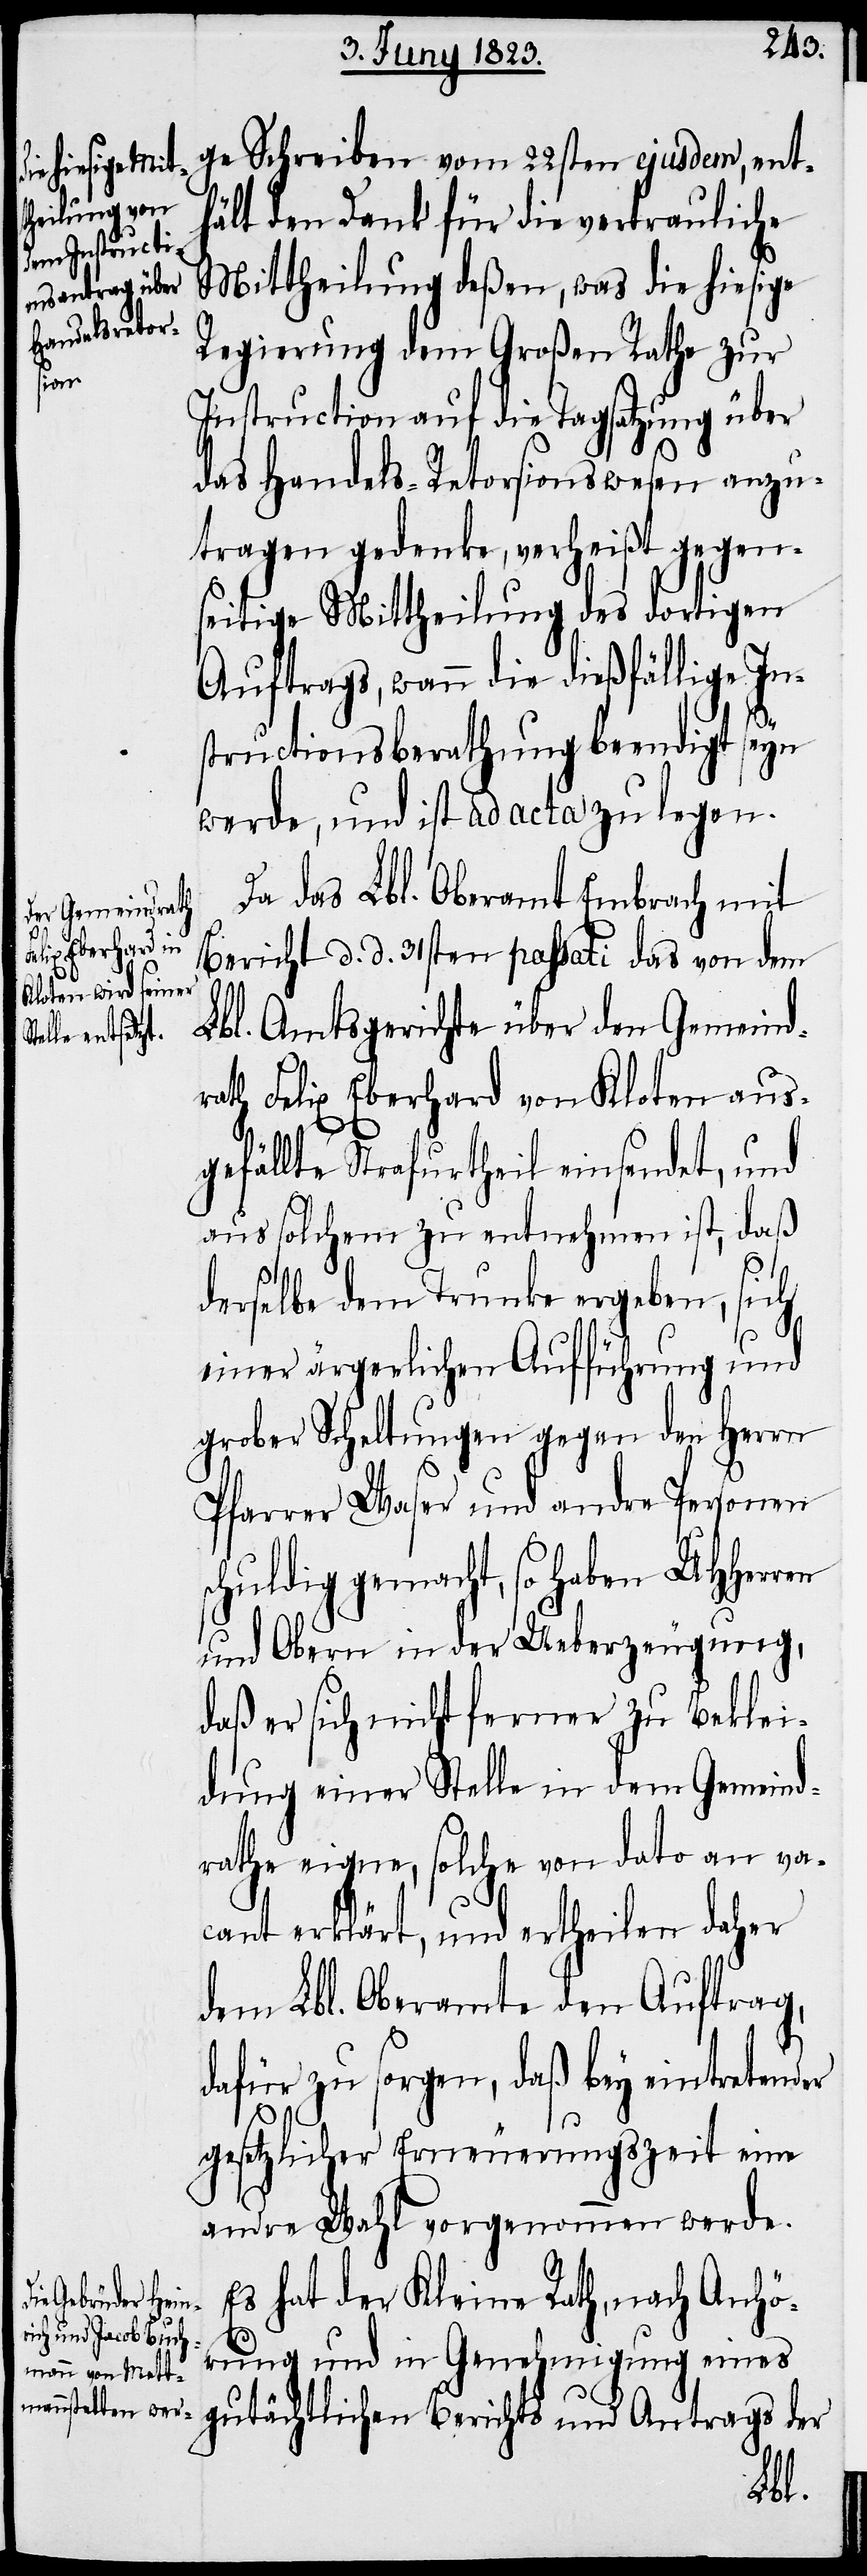
ge Schreiben vom 22sten ejusdem, ent¬
hält den Dank für die vertrauliche
Mittheilung deßen, was die hiesige
Regierung dem Großen Rathe zur
Instruction auf die Tagsatzung über
das Handels-Retorsionswesen anzu¬
tragen gedenke, verheißt gegen¬
seitige Mittheilung des dortigen
Auftrags, wann die dießfällige In¬
structionsberathung beendigt seyn
werde, und ist ad acta zu legen.
Da das Lbl. Oberamt Embrach mit
Bericht d. d. 31sten passati das von dem
Lbl. Amtsgerichte über den Gemeind¬
rath Felix Eberhard von Kloten aus¬
gefällte Strafurtheil einsendet, und
aus solchem zu entnehmen ist, daß
derselbe dem Trunke ergeben, sich
einer ärgerlichen Aufführung und
grober Scheltungen gegen den Herrn
Pfarrer Waser und andre Personen
schuldig gemacht, so haben UHHerren
und Obern in der Ueberzeugung,
daß er sich nicht ferner zu Beklei¬
dung einer Stelle in dem Gemeind¬
rathe eigne, solche von dato an va¬
cant erklärt, und ertheilen daher
dem Lbl. Oberamte den Auftrag,
dafür zu sorgen, daß bey eintretender
gesetzlicher Erneuerungszeit eine
andre Wahl vorgenommen werde.
Es hat der Kleine Rath, nach Anhö¬
rung und in Genehmigung eines
gutächtlichen Berichts und Antrags der